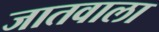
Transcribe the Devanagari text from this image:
जातवाला